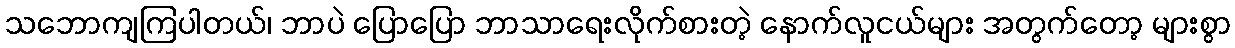
သဘောကျကြပါတယ်၊ ဘာပဲ ပြောပြော ဘာသာရေးလိုက်စားတဲ့ နောက်လူငယ်များ အတွက်တော့ များစွာ